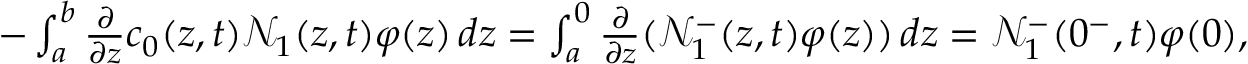
\begin{array} { r } { - \int _ { a } ^ { b } \frac { \partial } { \partial z } c _ { 0 } ( z , t ) \mathcal { N } _ { 1 } ( z , t ) \varphi ( z ) \, d z = \int _ { a } ^ { 0 } \frac { \partial } { \partial z } ( \mathcal { N } _ { 1 } ^ { - } ( z , t ) \varphi ( z ) ) \, d z = \mathcal { N } _ { 1 } ^ { - } ( 0 ^ { - } , t ) \varphi ( 0 ) , } \end{array}